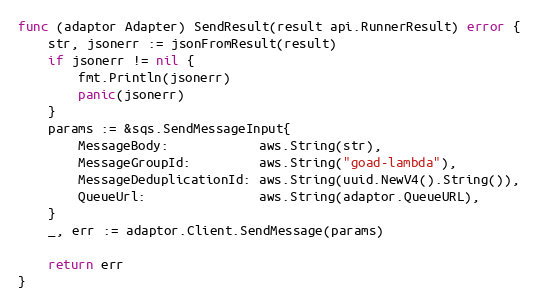
Language: Go
func (adaptor Adapter) SendResult(result api.RunnerResult) error {
	str, jsonerr := jsonFromResult(result)
	if jsonerr != nil {
		fmt.Println(jsonerr)
		panic(jsonerr)
	}
	params := &sqs.SendMessageInput{
		MessageBody:            aws.String(str),
		MessageGroupId:         aws.String("goad-lambda"),
		MessageDeduplicationId: aws.String(uuid.NewV4().String()),
		QueueUrl:               aws.String(adaptor.QueueURL),
	}
	_, err := adaptor.Client.SendMessage(params)

	return err
}